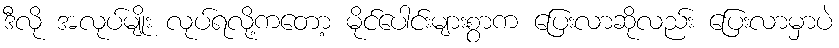
ဒီလို အလုပ်မျိုး လုပ်ရလို့ကတော့ မိုင်ပေါင်းများစွာက ပြေးလာဆိုလည်း ပြေးလာမှာပဲ